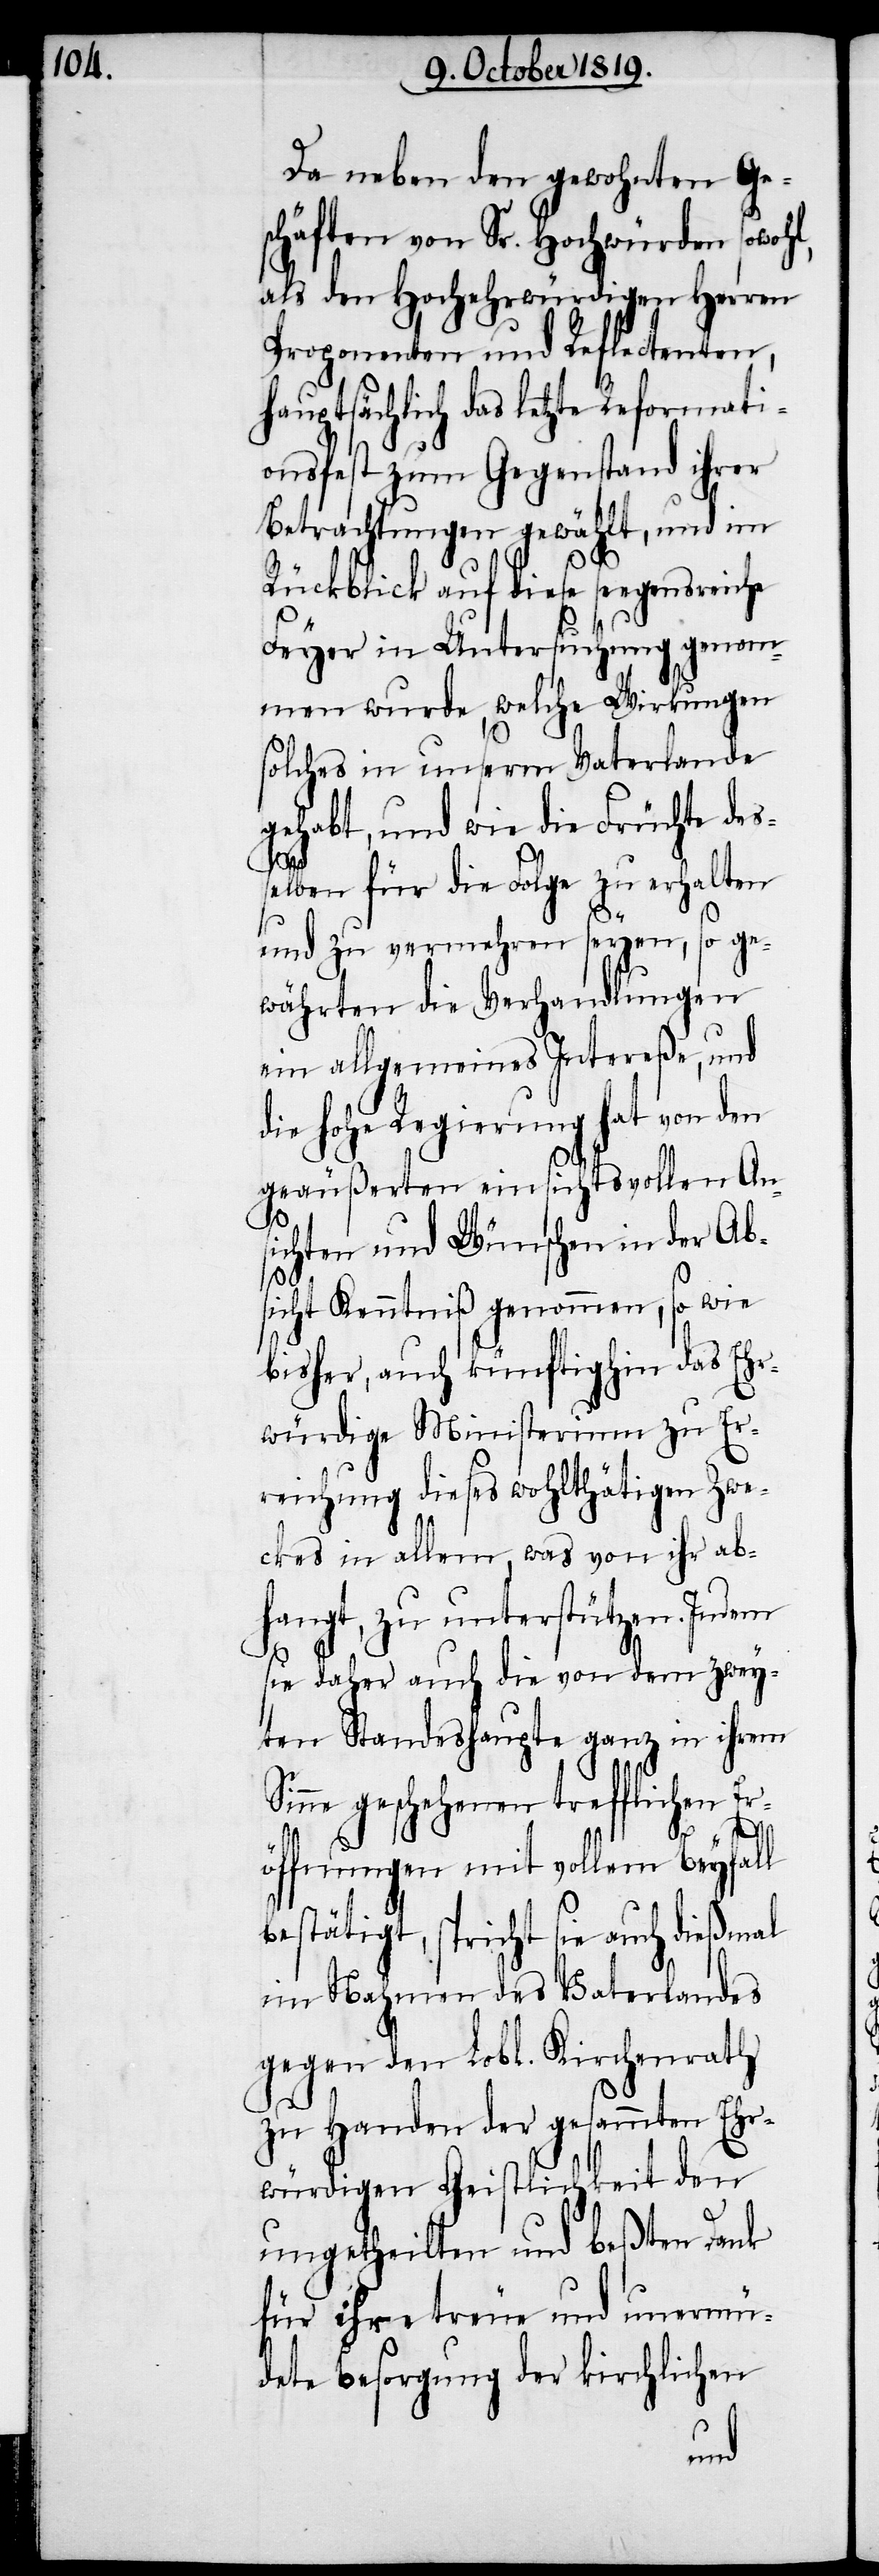
Da neben den gewohnten Ge¬
schäften von Sr. Hochwürden sowoh¬
als den Hochehrwürdigen Herren
Proponenten und Reflectenten,
hauptsächlich das letzte Reformati¬
onsfest zum Gegenstand ihrer
Betrachtungen gewählt, und im
Rückblick auf diese seegensre¬
Feyer in Untersuchung genom¬
men wurde, welche Wirkungen
solches in unserm Vaterlande
gehabt, und wie die Früchte des¬
selben für die Folge zu erhalten
und zu vermehren seyen, so ge¬
währten die Verhandlungen
ein allgemeines Intereße, und
die hohe Regierung hat von den
geäußerten einsichtsvollen An¬
sichten und Wünschen in der Ab¬
l,
sicht Kenntniß genommen, so wie
bisher, auch künftighin das Ehr¬
würdige Ministerium zu Er¬
reichung dieses wohlthätigen Zwe¬
ckes in allem, was von ihr ab¬
hangt, zu unterstützen. Indem
sie daher auch die von dem zwey¬
ten Standeshaupte ganz in ihrem
ne geschehenen trefflichen E¬
röffnungen mit vollem Beyfall
bestätigt, spricht sie auch dießmal
im Nahmen des Vaterlandes
gegen den Lobl. Kirchenrath
zu Handen der gesammten Ehr¬
würdigen Geistlichkeit den
ungetheilten und beßten Dank
für ihre treue und unermü¬
dete Besorgung der krichlichen
Sin¬